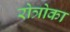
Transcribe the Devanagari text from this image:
रोत्रोका